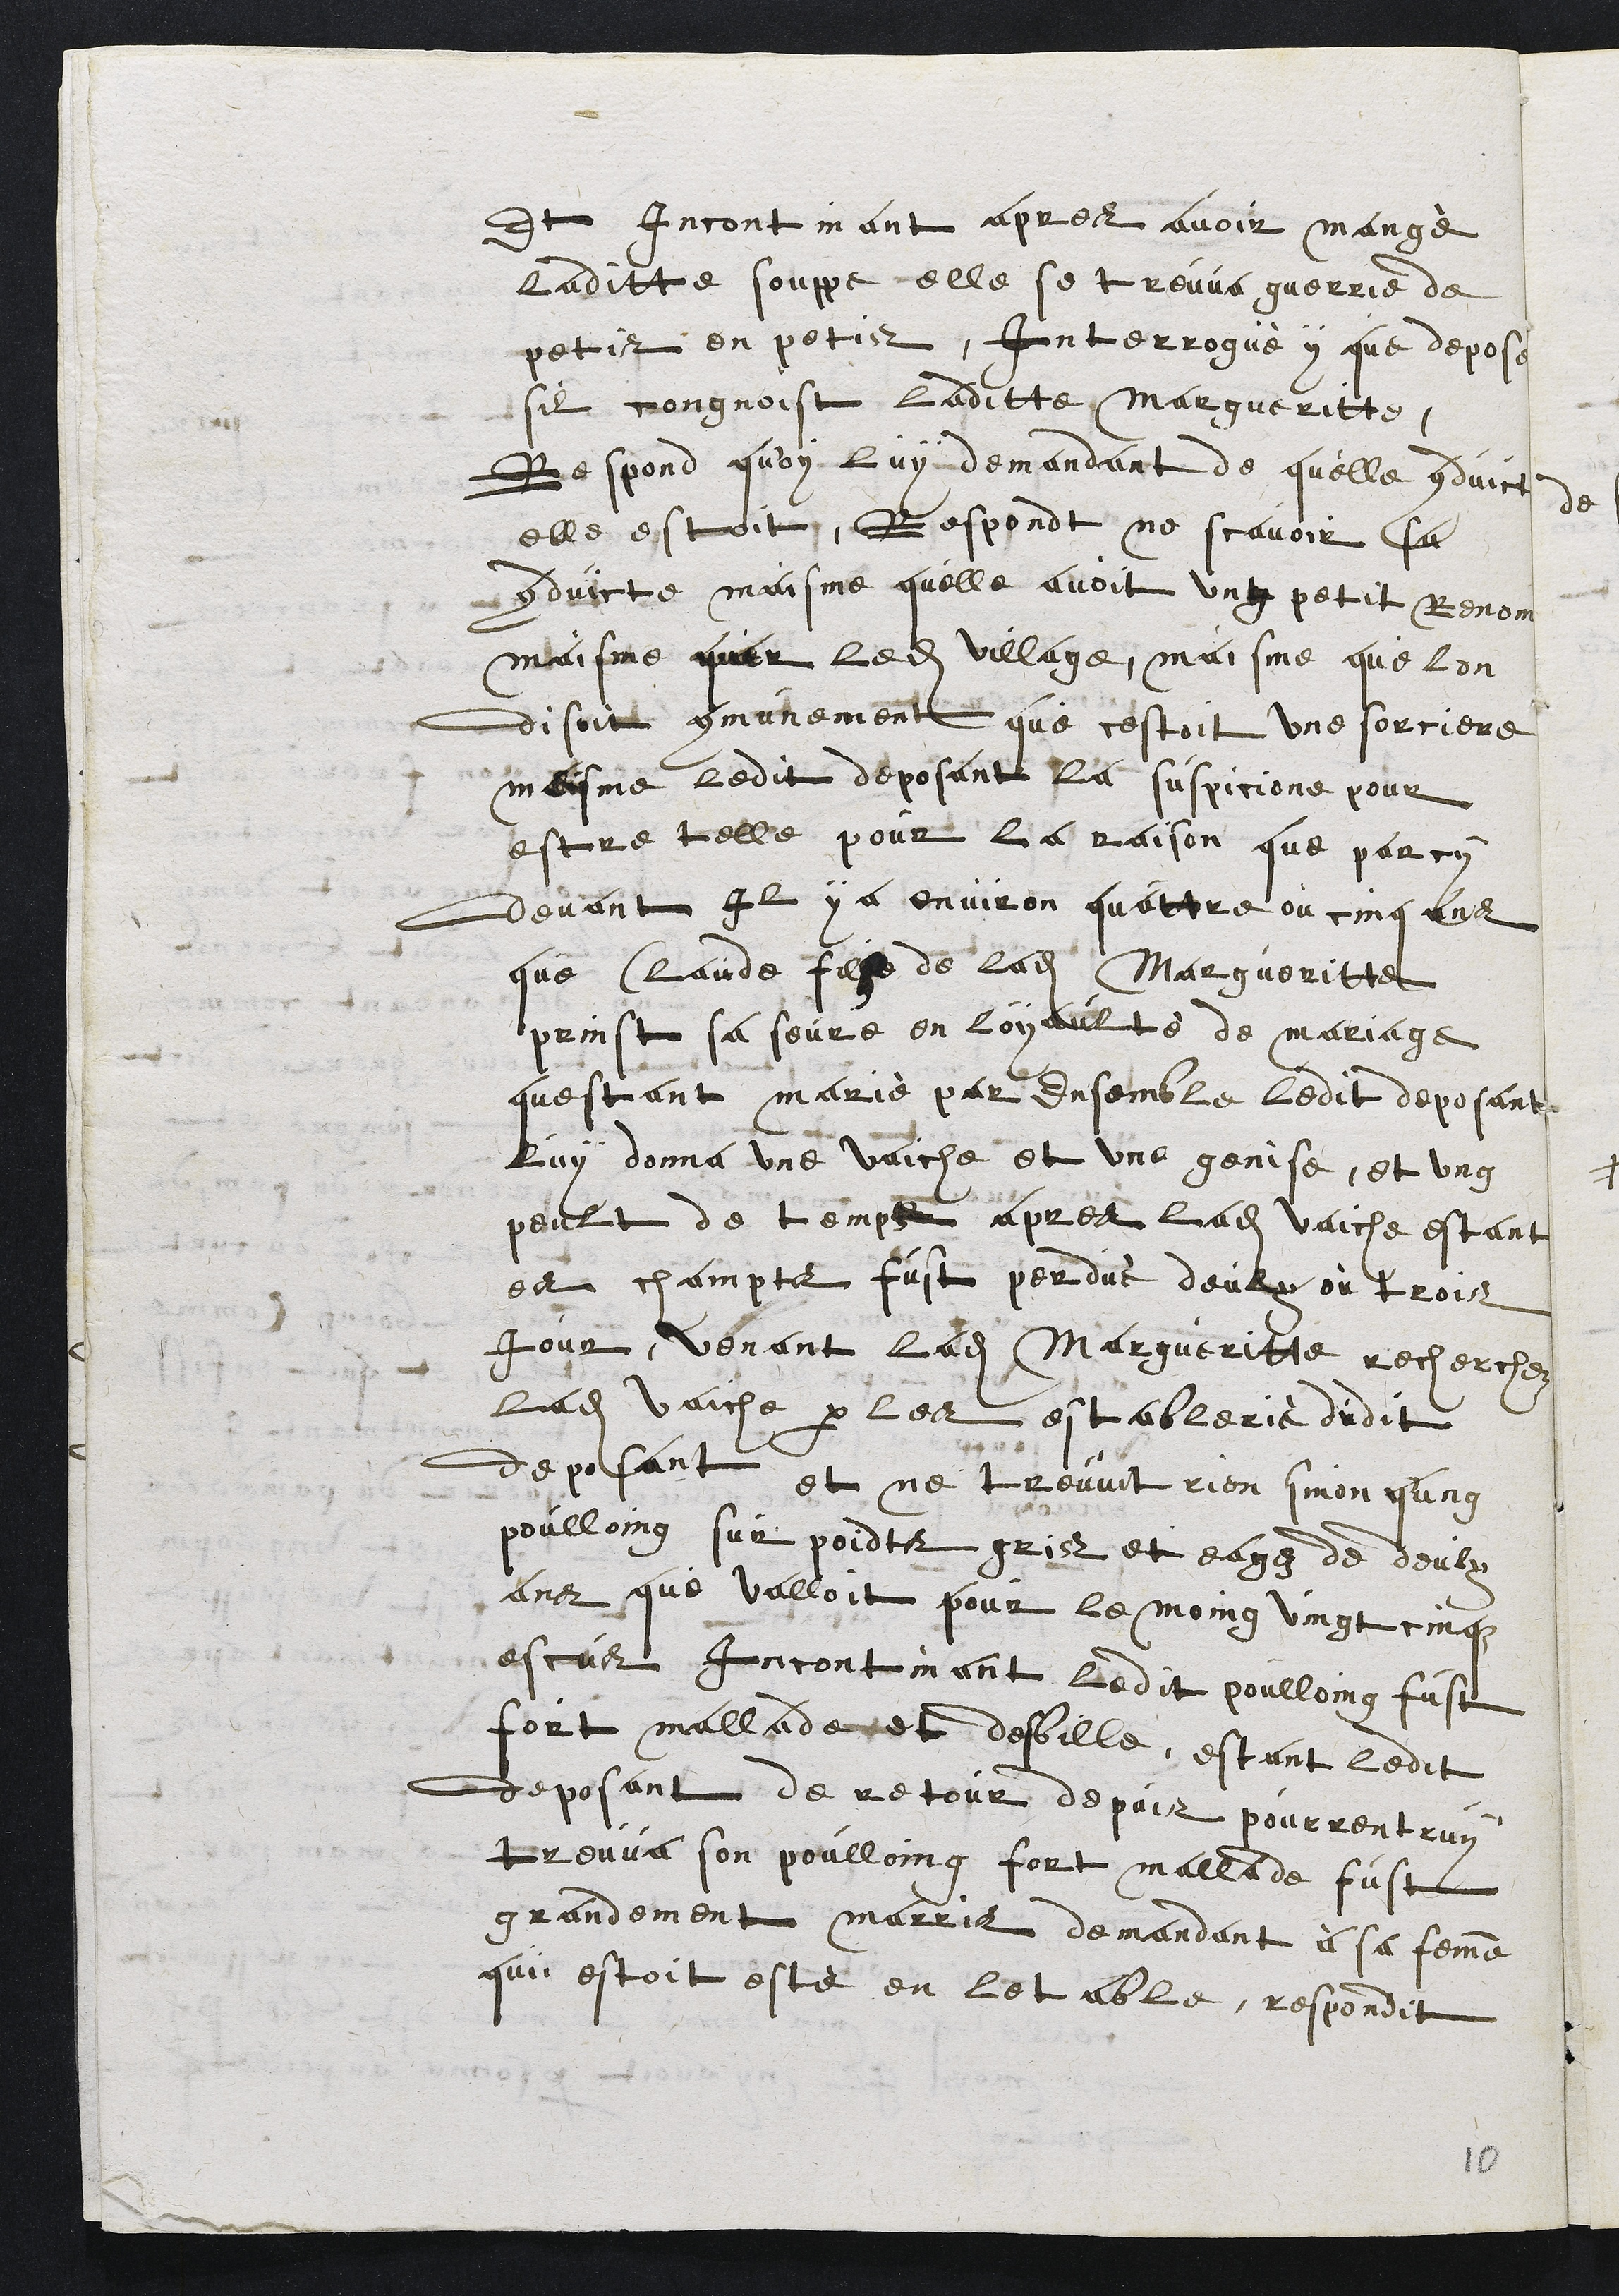
Et incontinant apres avoir mangé
laditte souppe elle se treuva guerrie de
petis en petis, Interrogué y que depose
sil congnoist laditte Margueritte,
Respond quoy luy demandant de quelle conduict
elle estoit, Respond ne scavoir sa
conduicte maisme quelle avoit ung petit Renom
maisme par ledit village, maisme que lon
disoit communement que cestoit une sorciere,
mesme ledit deposant la suspicione pour
estre telle pour la raison que parcy
devant Il y a environ quattre ou cinq ans
que Claude fille de ladite Margueritte
prinst sa seure en loyaulté de mariage
questant mairié par ensemble ledit deposant
luy donna une vaiche et une genise, et ung
peult de temps apres ladite vaiche estant
es champs fust perdue deulx ou trois
Jour, venant ladite Margueritte recherchez
ladite vaiche par les establerie dudit
deposant et ne treuvit rien sinon qung
poulloing sur poidts gris et eagez de deulx
ans que valloit pour le moing vingt cinqz
escus incontinant ledit poulloing fust
fort malade et desbille, estant ledit
deposant de retour depuis pourrentruy
treuva son poulloing fort mallade fust
grandement marris demandant à sa femme
qui estoit esté en letable, respondit

10